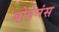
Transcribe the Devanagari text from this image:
बोवेनंस